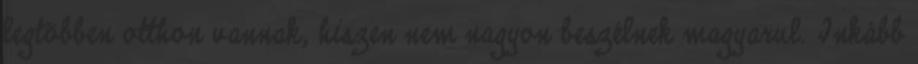
legtöbben otthon vannak, hiszen nem nagyon beszélnek magyarul. Inkább